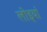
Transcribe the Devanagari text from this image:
लोइयां